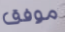
موفق